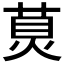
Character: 𤊾